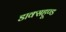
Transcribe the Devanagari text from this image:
डाक्सहूण्ड